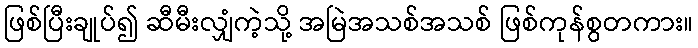
ဖြစ်ပြီးချုပ်၍ ဆီမီးလျှံကဲ့သို့ အမြဲအသစ်အသစ် ဖြစ်ကုန်စွတကား။